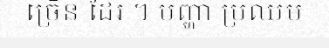
ច្រើន ដែរ ។ បញ្ហា ប្រឈម